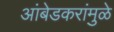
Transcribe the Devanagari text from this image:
आंबेडकरांमुळे